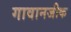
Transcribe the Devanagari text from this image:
गावानजीक